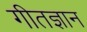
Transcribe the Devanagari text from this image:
गीतज्ञान